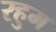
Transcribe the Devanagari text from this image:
रहुम